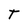
Character: T